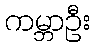
ကမ္ဘာဦး